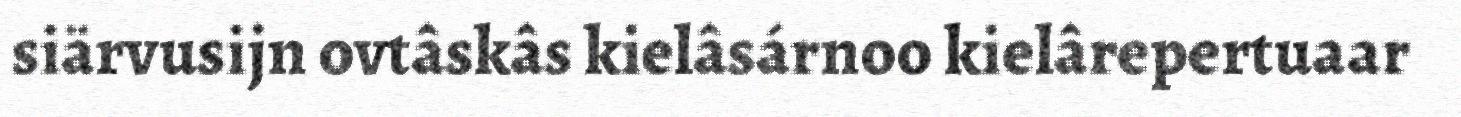
siärvusijn ovtâskâs kielâsárnoo kielârepertuaar